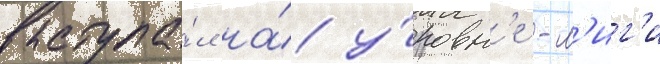
выступа́л на́ у́ровн'е -л'иг'и